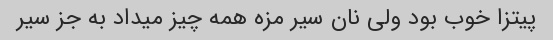
پیتزا خوب بود ولی نان سیر مزه همه چیز میداد به جز سیر